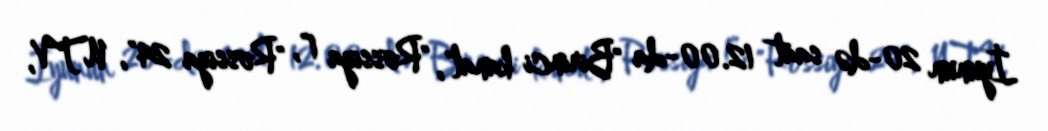
İyunun 20-də saat 12.00-da "Birinci kanal", "Rossiya 1", "Rossiya 24", NTV,